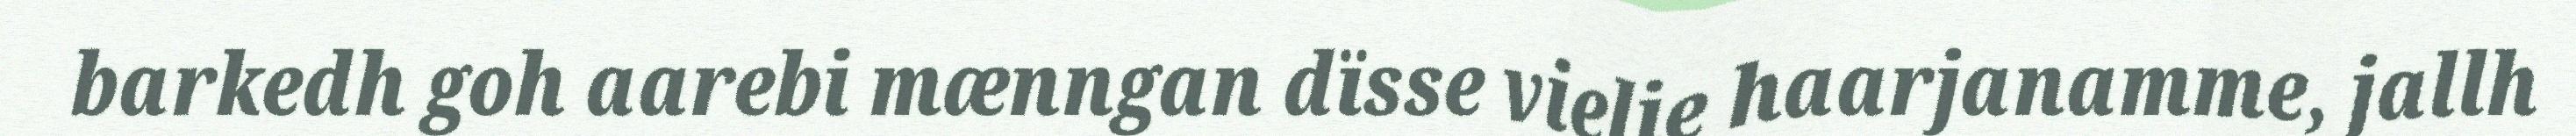
barkedh goh aarebi mænngan dïsse vielie haarjanamme, jallh